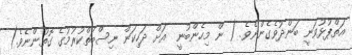
އަތްޕުޅުވަނީ ބަންދުވެގެންނެވެ. ( ން މިހެންބުނީ  އަށް ދަހިކަން ނިސްބަތްކުރުމުގެ ގޮތުންނެވެ.)